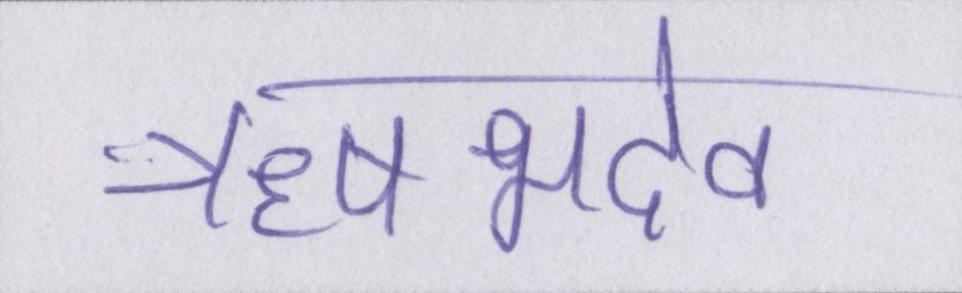
ऋषभदेव